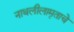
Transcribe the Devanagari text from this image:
नाथलीलामृताचे